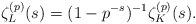
LaTeX: \begin{align*}\zeta^{(p)}_L(s) = (1 - p^{-s})^{-1}\zeta^{(p)}_K(s).\end{align*}